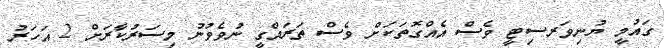
ގައުމީ ޔުނިވަރސިޓީ ވެސް އެއްގޮތަކަށް ވެސް ތަރައްގީ ނުވެވުނު މިސަރުކާރަށް 2 އަހަރު